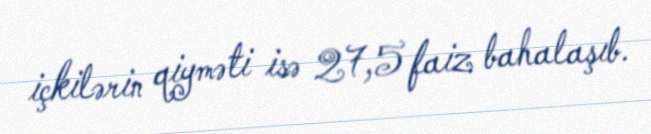
içkilərin qiyməti isə 27,5 faiz bahalaşıb.